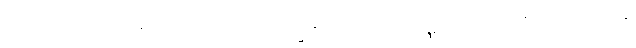
ယဒိ၊ မင်းပရိသတ်သို့လည်းကောင်း။ ပ။ ဗြဟ္မဏပရိသံ ယဒိ၊ ပုဏ္ဏားပရိသတ်သို့လည်းကောင်း။